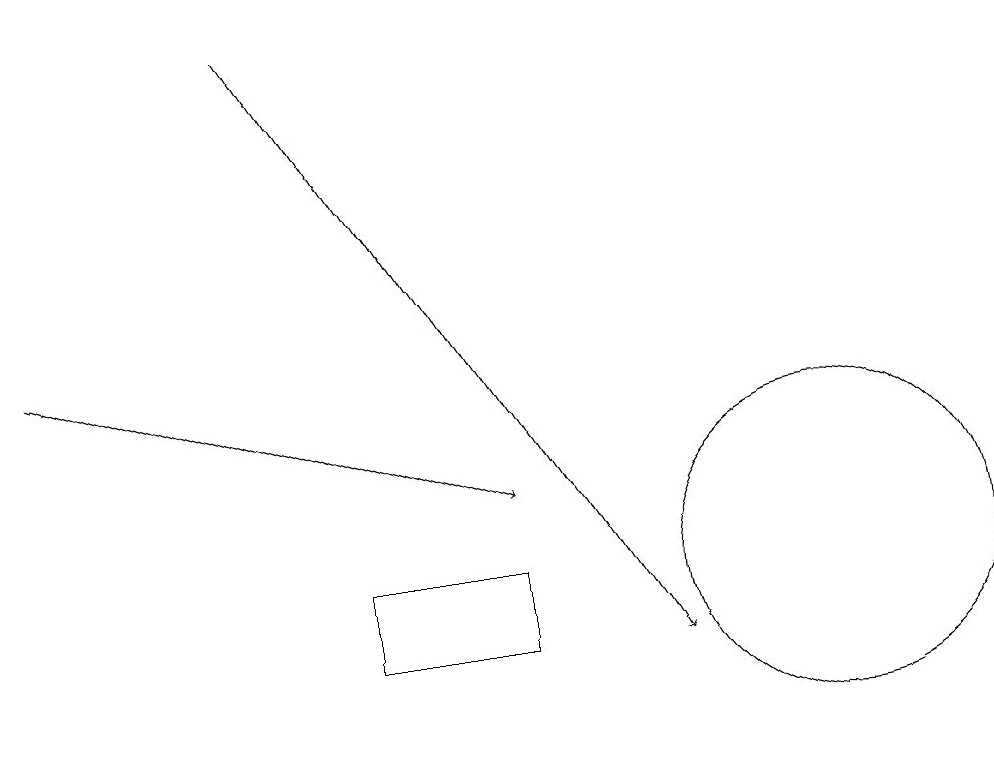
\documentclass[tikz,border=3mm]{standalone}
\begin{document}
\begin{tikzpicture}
\draw[->] (1,14) -- (7,12);
\draw (11,11) circle (2);
\draw[->] (4,18) -- (9,10);
\draw (7,10) rectangle (5,11);
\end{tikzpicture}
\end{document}